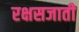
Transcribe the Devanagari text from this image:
रक्षसजाती